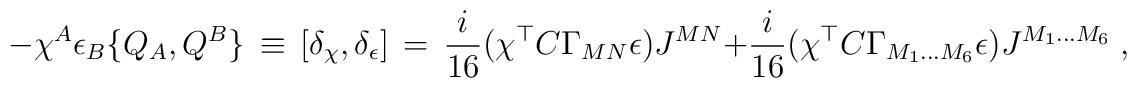
-\chi^A\epsilon_B \{Q_A,Q^B\}\,\equiv\,[\delta_{\chi},\delta_{\epsilon}]\,=\,\frac{i}{16} (\chi^{\top}C \Gamma_{MN}\epsilon) J^{MN}+\frac{i}{16} (\chi^{\top}C \Gamma_{M_1\ldots M_6}\epsilon)J^{M_1\ldots M_6}\;,